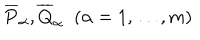
LaTeX: \overline { { { P } } } _ { \alpha } , \overline { { { Q } } } _ { \alpha } \; \; ( \alpha = 1 , \dots , m )